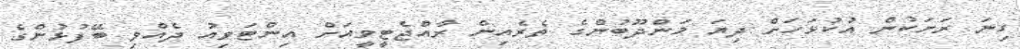
ގިނަ ރަށަކުން އުކުޅަހަށް ދިޔަ މަންދޫބުންގެ ތެރެއިން ރާއްޖެޓީވީއަށް އިންޓަވިއު ދެއްވި ބޭފުޅުންގެ